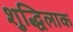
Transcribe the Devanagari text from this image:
शुद्धिलाक